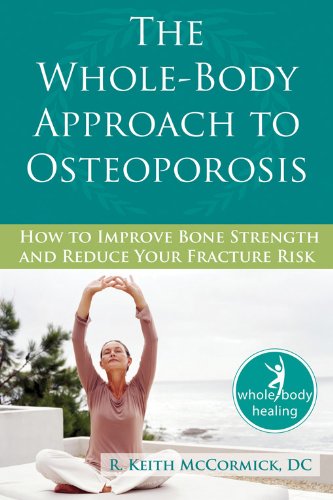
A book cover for The Whole-Body Approach to Osteoporosis: How to Improve Bone Strength and Reduce Your Fracture Risk (The New Harbinger Whole-Body Healing Series); R. Keith McCormick; Health, Fitness & Dieting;